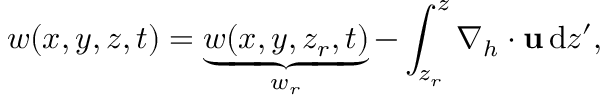
w ( x , y , z , t ) = \underbrace { w ( x , y , z _ { r } , t ) } _ { w _ { r } } - \int _ { z _ { r } } ^ { z } \nabla _ { h } \cdot { \bf u } \, \mathrm { d } z ^ { \prime } ,